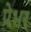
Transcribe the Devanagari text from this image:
प्रेभर